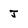
Character: J